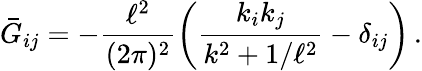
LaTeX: \bar{G}_{ij}=-\frac{\ell^{2}}{(2\pi)^{2}}\left(\frac{k_{i}k_{j}}{k^{2}+1/\ell^{2}}-\delta_{ij}\right)\, .